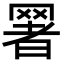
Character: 𦋧